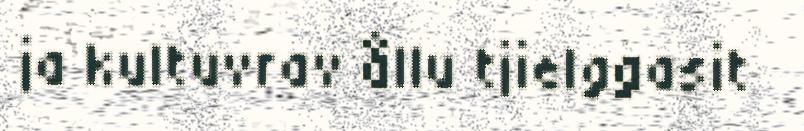
ja kultuvrav ållu tjielggasit